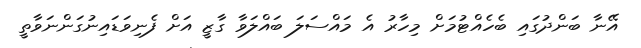
އޭނާ ބަންދުގައި ބެހެއްޓުމަށް މިހާރު އެ މައްސަލަ ބައްލަވާ ގާޒީ އަށް ފެނިވަޑައިނުގަންނަވާތީ